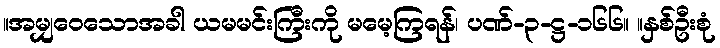
။အမျှဝေသောအခါ ယမမင်းကြီးကို မမေ့ကြရန်၊ ပဏ်-၃-ဋ္ဌ-၁၆၆။ ။နှစ်ဦးစုံ